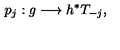
p _ { j } : g \longrightarrow h ^ { * } T _ { - j } ,